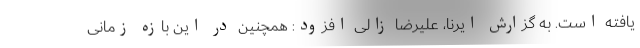
یافته است. به گزارش ایرنا، علیرضا زالی افزود: همچنین در این بازه زمانی